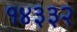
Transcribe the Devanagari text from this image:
१४३३२